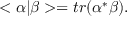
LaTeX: < \alpha \vert \beta > = t r ( \alpha ^ { * } \beta ) .